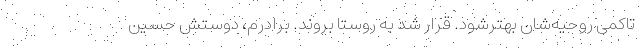
تاکمی روحیه‌شان بهترشود. قرار شد به روستا بروند. برادرم، دوستش حسین